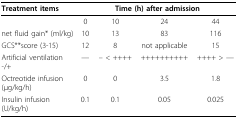
<table><thead><tr><td><b>Treatment items</b></td><td colspan="4"><b>Time (h) after admission</b></td></tr></thead><tbody><tr><td></td><td>0</td><td>10</td><td>24</td><td>44</td></tr><tr><td>net fluid gain* (ml/kg)</td><td>10</td><td>13</td><td>83</td><td>116</td></tr><tr><td>GCS**score (3-15)</td><td>12</td><td>8</td><td>not applicable</td><td>15</td></tr><tr><td>Artificial ventilation -/+</td><td>---</td><td>-- &lt; ++++</td><td>++++++++++</td><td>++++ &gt; ---</td></tr><tr><td>Octreotide infusion (μg/kg/h)</td><td>0</td><td>0</td><td>3.5</td><td>1.8</td></tr><tr><td>Insulin infusion (U/kg/h)</td><td>0.1</td><td>0.1</td><td>0.05</td><td>0.025</td></tr></tbody></table>